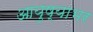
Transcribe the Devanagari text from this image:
आयुष्याभर